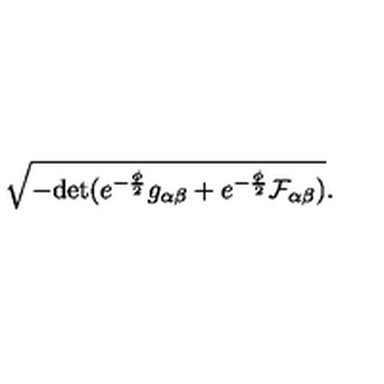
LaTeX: \sqrt { - \mathrm { d e t } ( e ^ { - \frac { \phi } { 2 } } g _ { \alpha \beta } + e ^ { - \frac { \phi } { 2 } } { \cal F } _ { \alpha \beta } ) } .